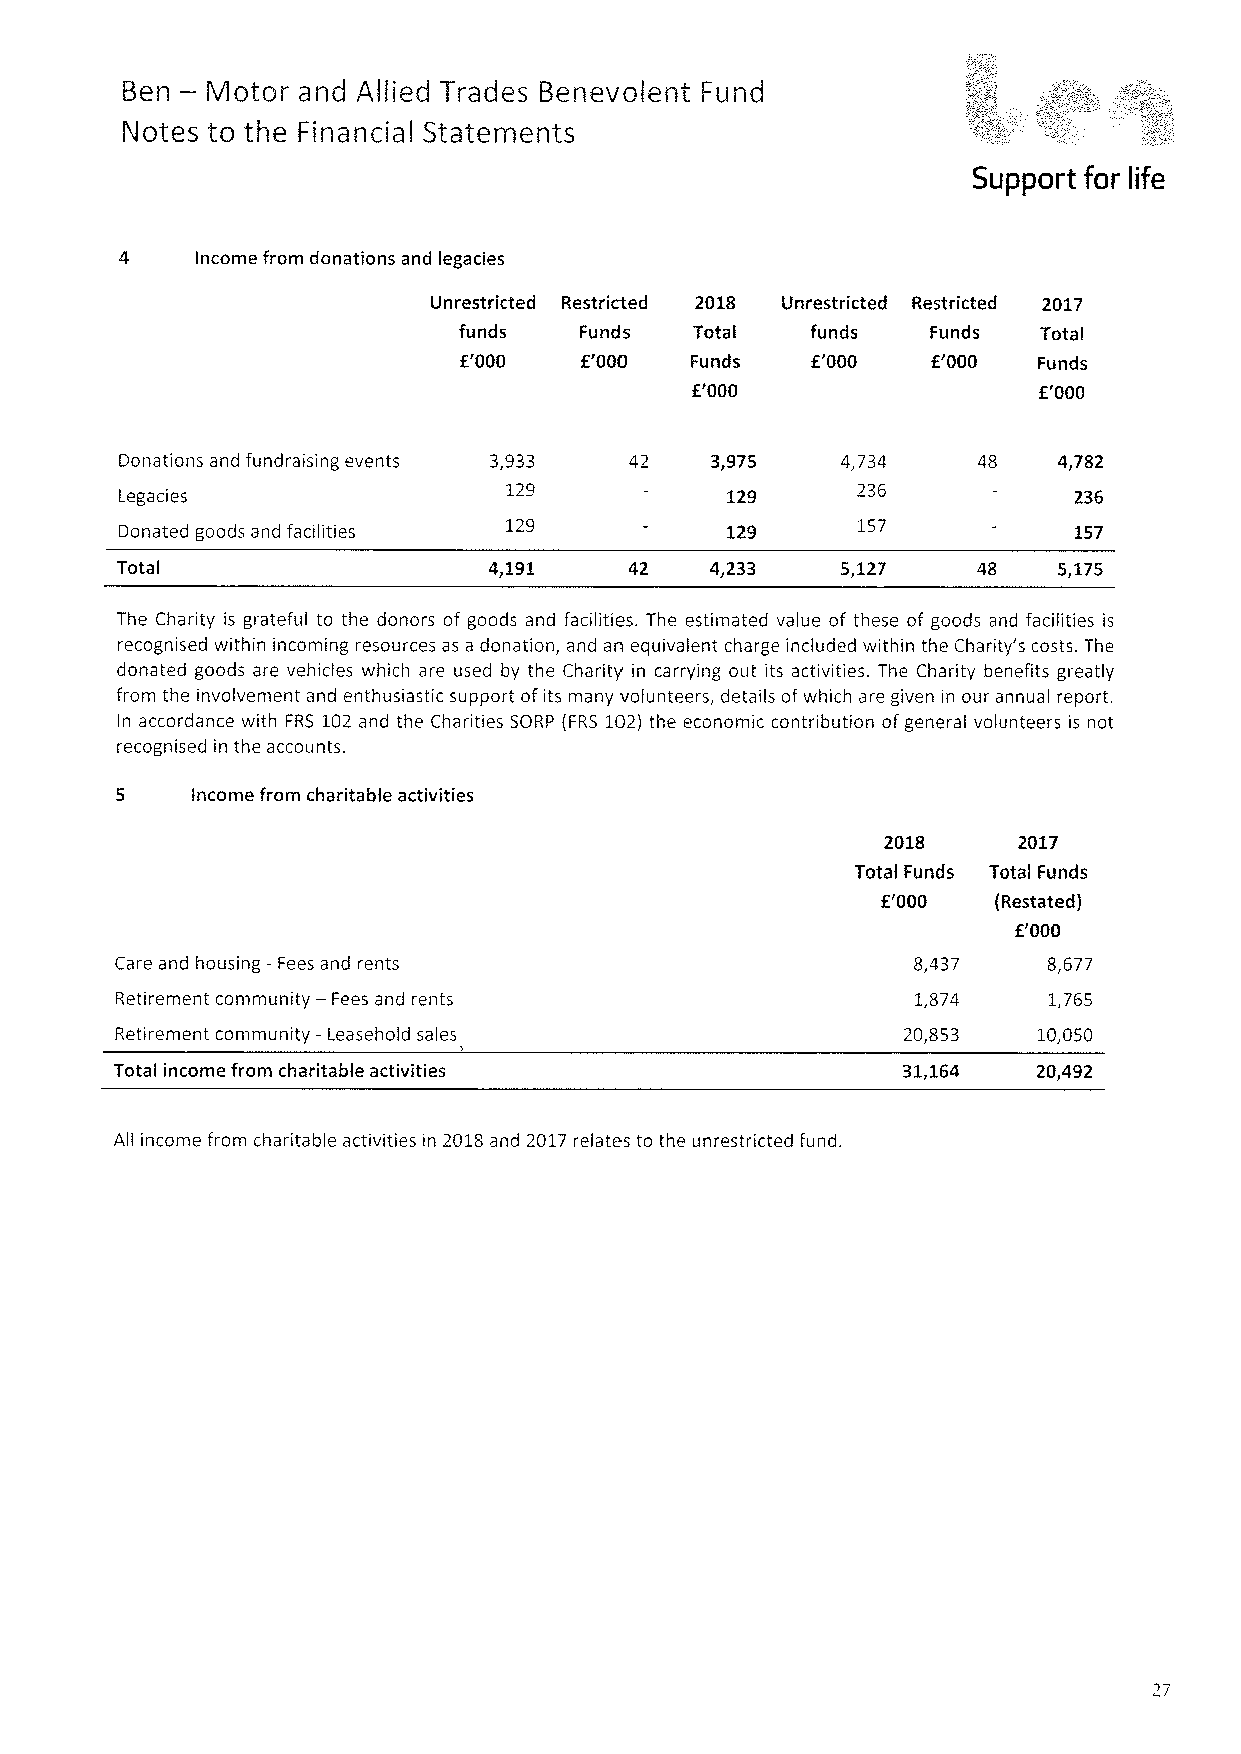
—
 Ben   Motor and Allied Trades Benevolent Fund
 Notes to the Financial Statements
 Support for life
 Income from donations and legacies
 Unrestricted Restricted 2018 Unrestricted Restricted 2017
 funds   Funds   Total   funds   Funds  Total
 E'000   E'000   Funds   f.'000  F.'000 Funds
 E'000                  K'000
 Donations and fundraising events 3,933 3,975    4,734    48   4,782
 Legacies                  129           129      236           236
 Donated goods and facilities 129        129      157           157
 Total                   4,191     42   4,233    5,127    48   5,175
 The Charity is grateful to the donors of goods and facilities. The estimated value of these of goods and facilities is
 recognised within incoming resources as a donation, and an equivalent charge included within the Charity's costs. The
 donated goods are vehicles which are used by the Charity in carrying out its activities. The Charity benefits greatly
 from the involvement and enthusiastic support ofits many volunteers, details ofwhich are given in our annual report.
 In accordance with FRS 102 and the Charities SORP {FRS102)the economic contribution of general volunteers is not
 recognised in the accounts.
 5    Income from charitable activities
 2018     2017
 Total Funds Total Funds
 f'000   {Restated)
 f'000
 Care and housing —Fees and rents                    8,437    8,677
 Retirement community —Fees and rents                 1,874   1,765
 Retirement community —Leasehold sales               20,853   10,050
 j
 Total income from charitable activities             31,164   20,492
 All income from charitable activities in 2018and 2017relates to the unrestricted fund.
 27